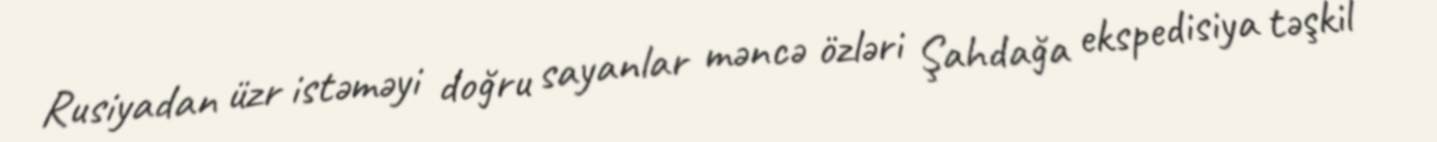
Rusiyadan üzr istəməyi doğru sayanlar məncə özləri Şahdağa ekspedisiya təşkil